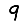
Digit: 9